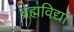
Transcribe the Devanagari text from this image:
ब्रह्मविद्यां